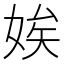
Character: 娭